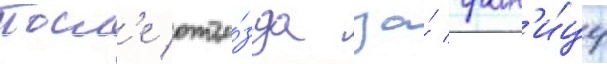
Посл'е отъе́зда за́ гран'и́цу